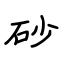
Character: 砂